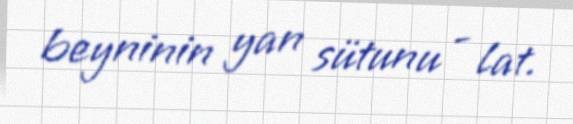
beyninin yan sütunu - lat.